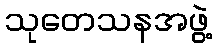
သုတေသနအဖွဲ့